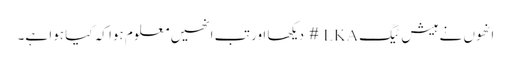
انھوں نے ہیش ٹیگ LKA # دیکھا اور تب انھیں معلوم ہوا کہ کیا ہوا ہے۔